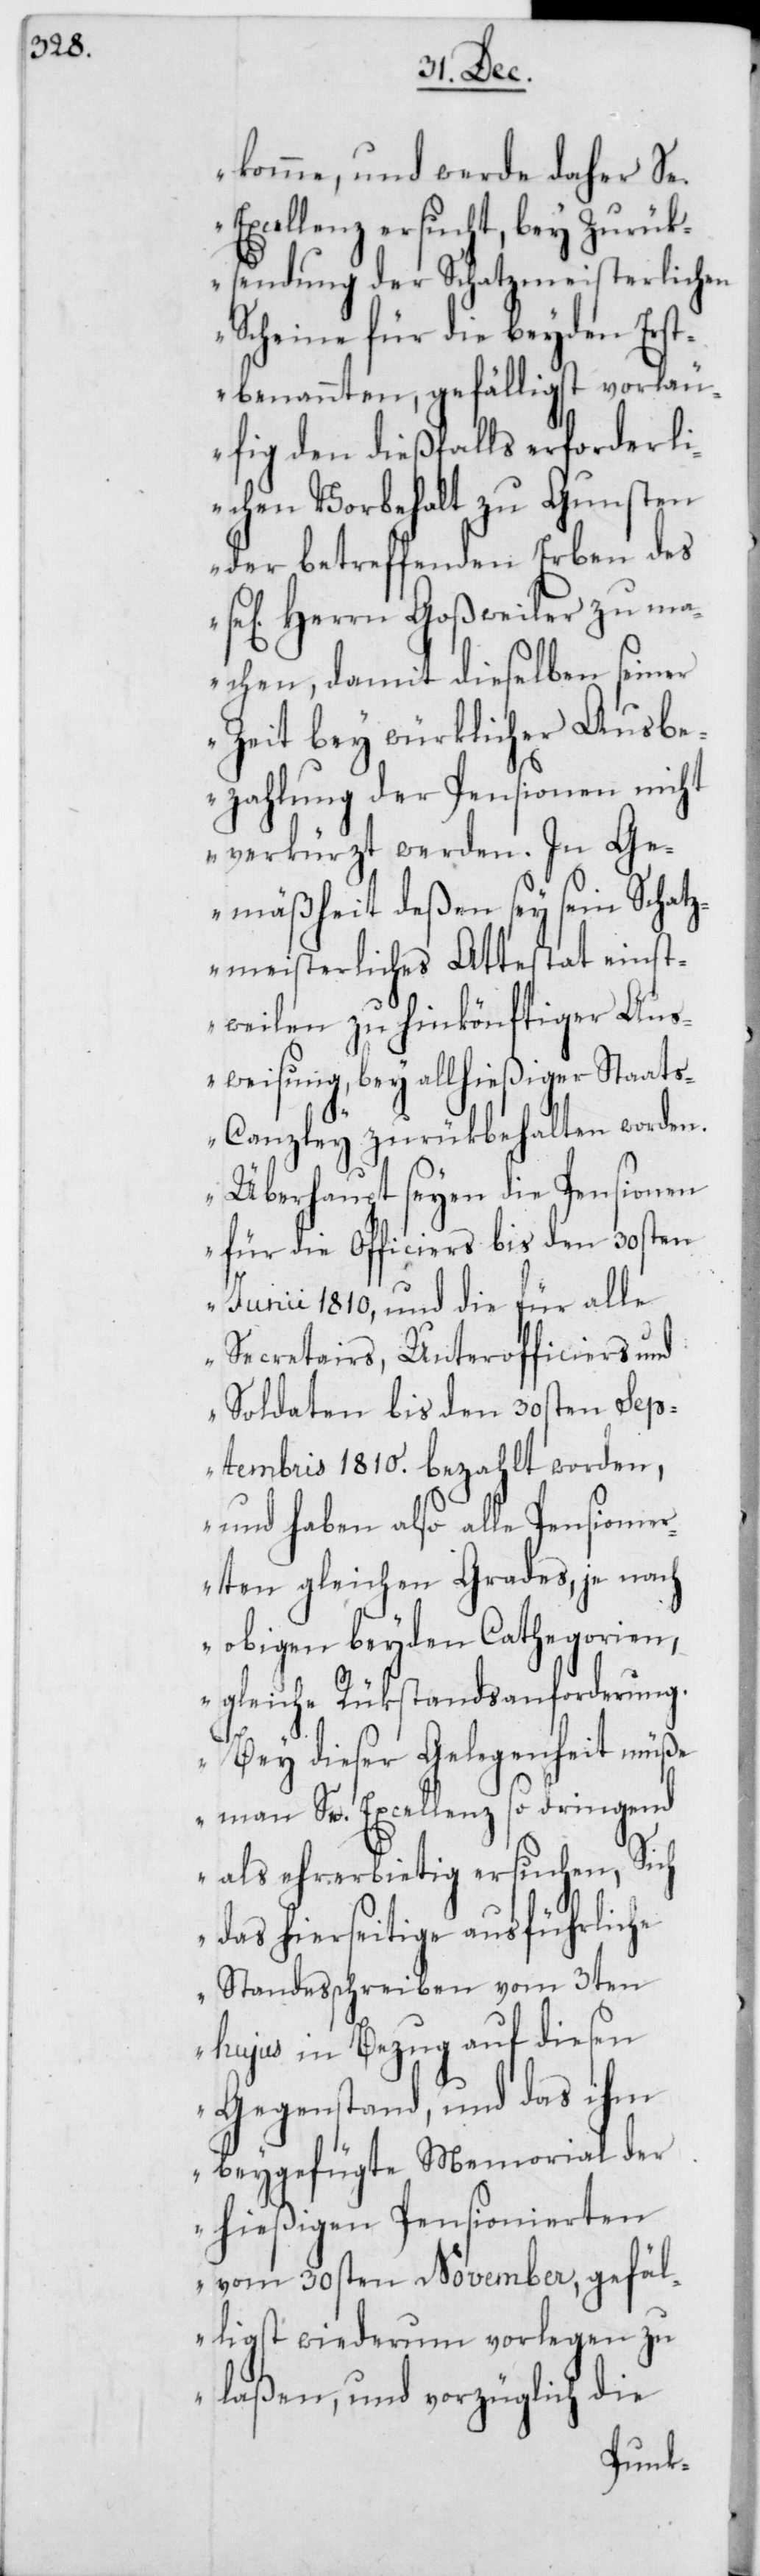
komme, und werde daher Se.
Excellenz ersucht, bey Zurük¬
sendung der Schatzmeisterlichen
Scheine für die beyden Erst¬
benannten, gefälligst vorläu¬
fig den dießfalls erforderli¬
chen Vorbehalt zu Gunsten
der betreffenden Erben des
igen] Herrn Goßweiler zu ma¬
chen, damit dieselben seiner
Zeit bey würklicher Ausbe¬
zahlung der Pensionen nicht
verkürzt werden. In Ge¬
mäßheit deßen sey sein Schatz¬
meisterliches Attestat einst¬
weilen zu hinkönftiger Aus¬
weisung, bey allhießiger Staat¬
s-Canzley zurükbehalten worden.
Überhaupt seyen die Pensionen
für die Officiers bis den 30sten
Junii 1810, und die für alle
Secretairs, Unterofficiers und
Soldaten bis den 30sten Sep¬
tembris 1810. bezahlt worden,
und haben also alle Pensionier¬
ten gleichen Grades, je nach
obigen beyden Cathegorien,
gleiche Rükstandsanforderung.
Bey dieser Gelegenheit müße
man Se. Excellenz so dringend
als ehrerbietig ersuchen, Sich
das hierseitige ausführliche
Standesschreiben vom 3ten
hujus in Bezug auf diesen
Gegenstand, und das ihm
beygefügte Memorial der
hießigen Pensionierten
vom 30sten November, gefäl¬
ligst wiederum vorlegen zu
laßen, und vorzüglich die
se[l¬